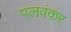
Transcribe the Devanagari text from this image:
पलवंकर